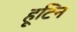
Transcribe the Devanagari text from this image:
हूटिन